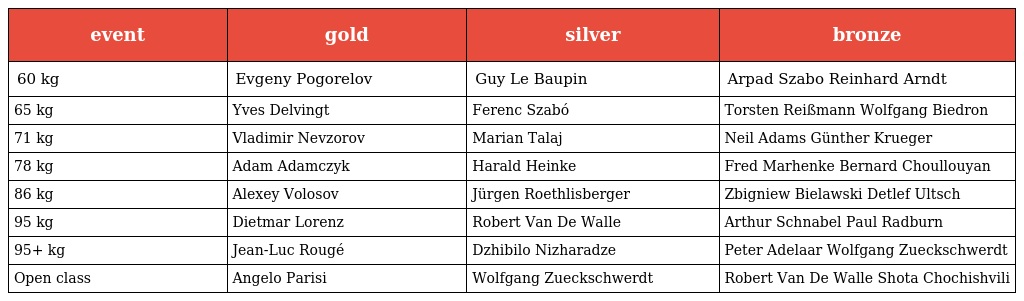
| event | gold | silver | bronze |
 | --- | --- | --- | --- |
 | 60 kg | Evgeny Pogorelov | Guy Le Baupin | Arpad Szabo Reinhard Arndt |
 | 65 kg | Yves Delvingt | Ferenc Szabó | Torsten Reißmann Wolfgang Biedron |
 | 71 kg | Vladimir Nevzorov | Marian Talaj | Neil Adams Günther Krueger |
 | 78 kg | Adam Adamczyk | Harald Heinke | Fred Marhenke Bernard Choullouyan |
 | 86 kg | Alexey Volosov | Jürgen Roethlisberger | Zbigniew Bielawski Detlef Ultsch |
 | 95 kg | Dietmar Lorenz | Robert Van De Walle | Arthur Schnabel Paul Radburn |
 | 95+ kg | Jean-Luc Rougé | Dzhibilo Nizharadze | Peter Adelaar Wolfgang Zueckschwerdt |
 | Open class | Angelo Parisi | Wolfgang Zueckschwerdt | Robert Van De Walle Shota Chochishvili |